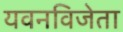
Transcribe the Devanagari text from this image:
यवनविजेता